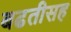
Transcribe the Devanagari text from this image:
बढतीसह